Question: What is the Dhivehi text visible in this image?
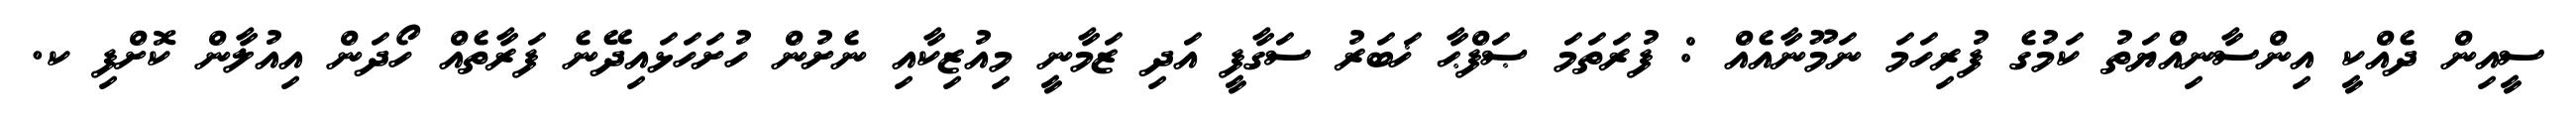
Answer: ސީއިން ދެއްކީ އިންސާނިއްޔަތު ކަމުގެ ފުރިހަމަ ނަމޫނާއެއް : ފުރަތަމަ ޞަފްޙާ ޚަބަރު ސަގާފީ އަދި ޒަމާނީ މިއުޒިކާއި ނެށުން ހުށަހަޅައިދޭނެ ފަރާތެއް ހޯދަން އިއުލާން ކޮށްފި ކ.